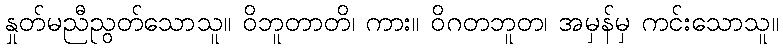
နှုတ်မညီညွတ်သောသူ။ ဝိဘူတာတိ၊ ကား။ ဝိဂတဘူတ၊ အမှန်မှ ကင်းသောသူ။